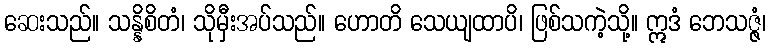
ဆေးသည်။ သန္နိစိတံ၊ သိုမှီးအပ်သည်။ ဟောတိ သေယျထာပိ၊ ဖြစ်သကဲ့သို့။ ဣဒံ ဘေသဇ္ဇံ၊